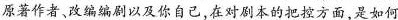
原著作者、改编编剧以及你自己,在对剧本的把控方面,是如何